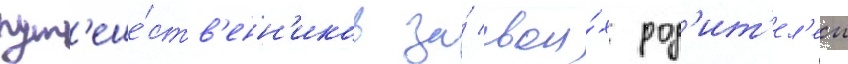
пут'еше́ств'енн'иков за́ свои́х род'ит'ел'еи